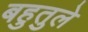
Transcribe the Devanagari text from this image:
बहुतुले